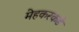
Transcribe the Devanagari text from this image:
मेहकरकडे